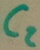
Text: C2